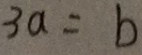
3 a = b